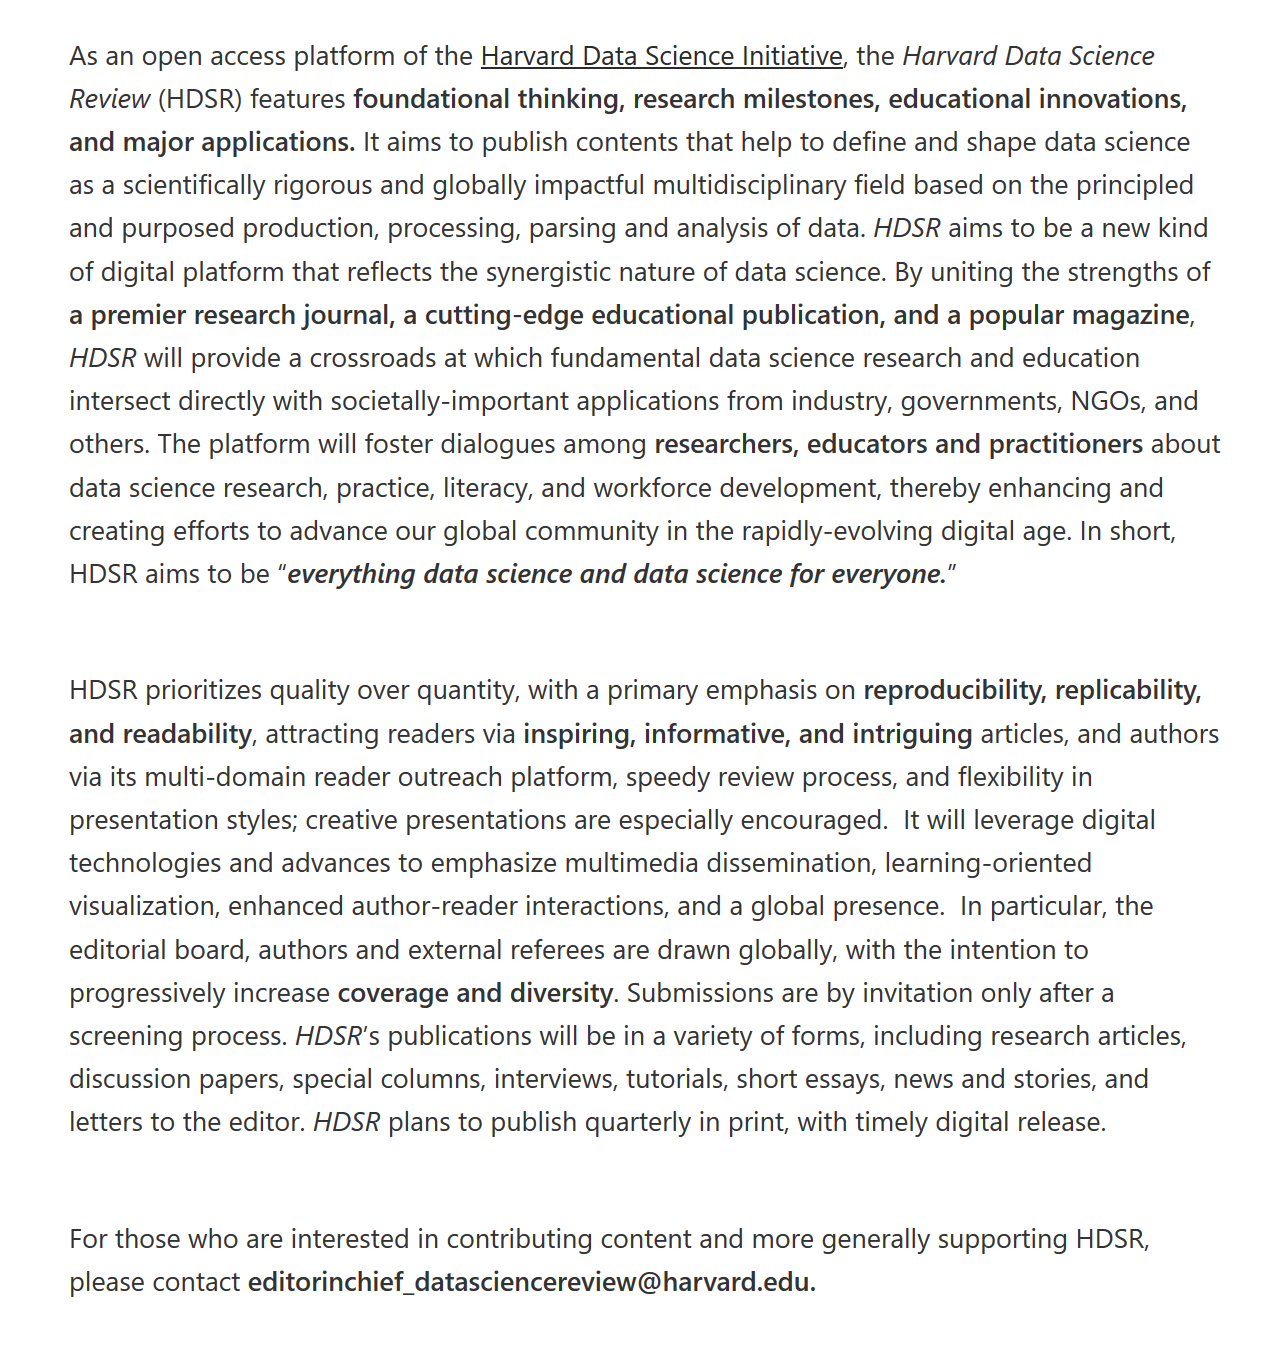
As an open access platform of the Harvard Data Science Initiative, the Harvard Data Science
     Review (HDSR) features foundational thinking, research milestones, educational innovations,

     and major applications. It aims to publish contents that help to define and shape data science
     as a scientifically rigorous and globally impactful multidisciplinary field based on the principled
     and purposed production, processing, parsing and analysis of data. HDSR aims to be a new kind
     of digital platform that reflects the synergistic nature of data science. By uniting the strengths of
     a premier research journal, a cutting-edge educational publication, and a popular magazine,
     HDSR  will provide a crossroads at which fundamental data science research and education
     intersect directly with societally-important applications from industry, governments, NGOs, and
     others. The platform will foster dialogues among researchers, educators and practitioners about
     data science research, practice, literacy, and workforce development, thereby enhancing and
     creating efforts to advance our global community in the rapidly-evolving digital age. In short,
     HDSR aims to be “everything data science and data science for everyone.”
     HDSR prioritizes quality over quantity, with a primary emphasis on reproducibility, replicability,
     and readability, attracting readers via inspiring, informative, and intriguing articles, and authors
     via its multi-domain reader outreach platform, speedy review process, and flexibility in
     presentation styles; creative presentations are especially encouraged. It will leverage digital
     technologies and advances to emphasize multimedia dissemination, learning-oriented
     visualization, enhanced author-reader interactions, and a global presence. In particular, the
     editorial board, authors and external referees are drawn globally, with the intention to
     progressively increase coverage and diversity. Submissions are by invitation only after a
     screening process. HDSR’s publications will be in a variety of forms, including research articles,
     discussion papers, special columns, interviews, tutorials, short essays, news and stories, and
     letters to the editor. HDSR plans to publish quarterly in print, with timely digital release.
     For those who are interested in contributing content and more generally supporting HDSR,
     please contact editorinchief_datasciencereview@harvard.edu.